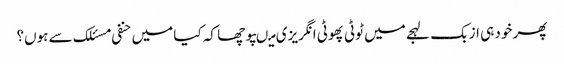
پھر خود ہی ازبک لہجے میں ٹوٹی پھوٹی انگریزی میںپوچھا کہ کیا میں حنفی مسئلک سے ہوں؟